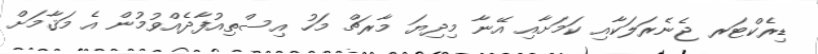
ޑިރެކްޓަރ ޖެނެރަލަކާއި ކަމަށާއި އޭނާ މިދިޔަ މާރޗް މަހު އިސްތިއުފާދެއްވުމުން އެ މަޤާމަށް